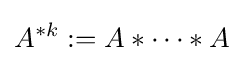
A^{*k}:=A*\cdots *A